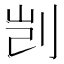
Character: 剀